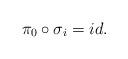
LaTeX: \begin{align*}\pi_0\circ \sigma_i=id.\end{align*}